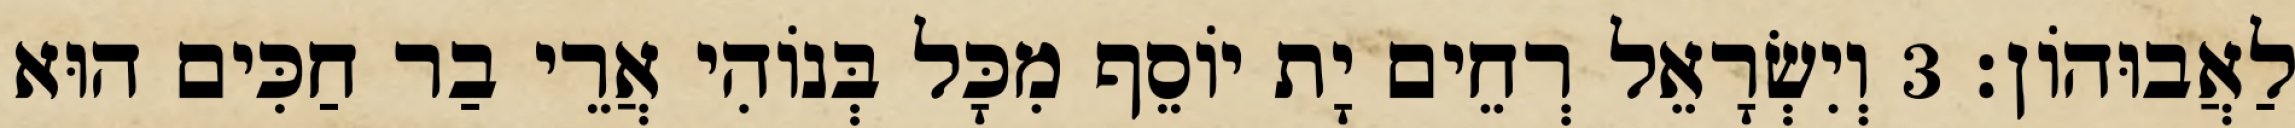
לַאֲבוּהוֹן׃ 3 וְיִשְׂרָאֵל רְחֵים יָת יוֹסֵף מִכָּל בְּנוֹהִי אֲרֵי בַר חַכִּים הוּא